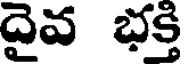
దైవ భక్తి